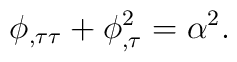
\phi _{,\tau \tau }+\phi _{,\tau }^2=\alpha ^2.